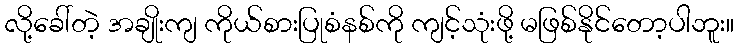
လို့ခေါ်တဲ့ အချိုးကျ ကိုယ်စားပြုစံနစ်ကို ကျင့်သုံးဖို့ မဖြစ်နိုင်တော့ပါဘူး။